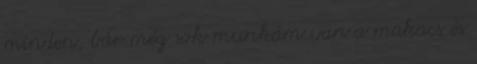
minden, bár még sok munkám van a makacs és